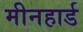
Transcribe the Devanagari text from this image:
मीनहार्ड